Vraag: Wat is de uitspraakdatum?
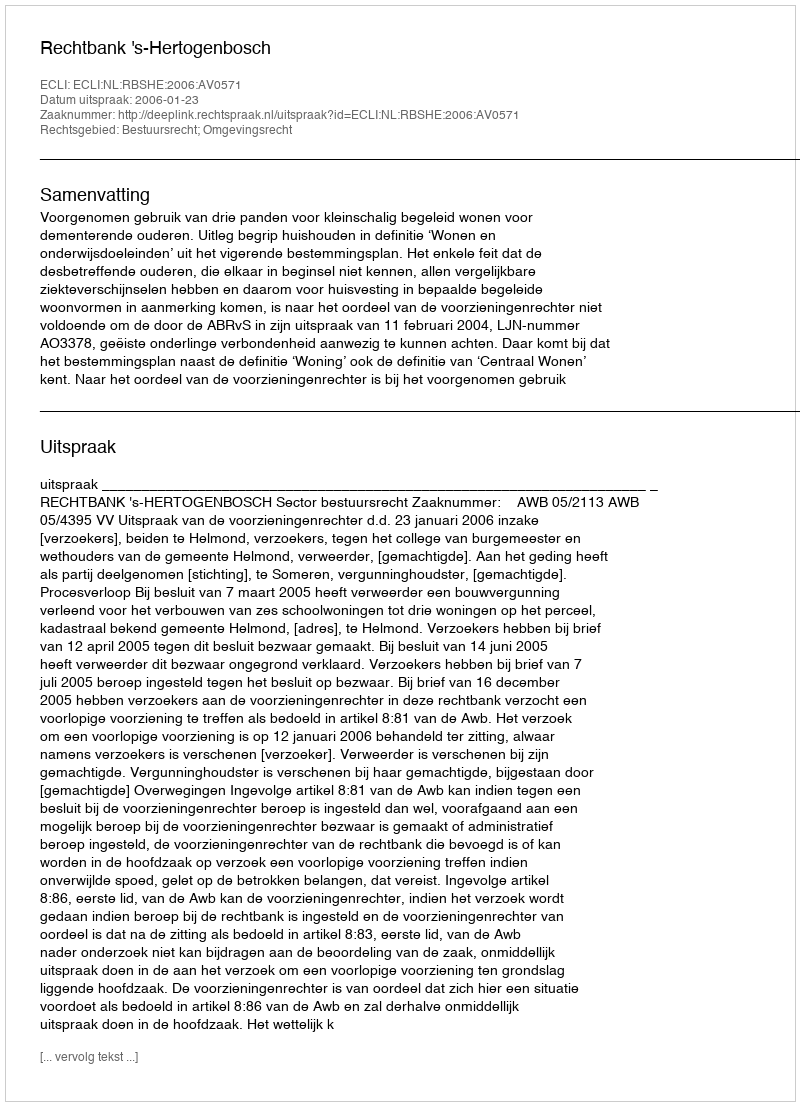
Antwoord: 2006-01-23